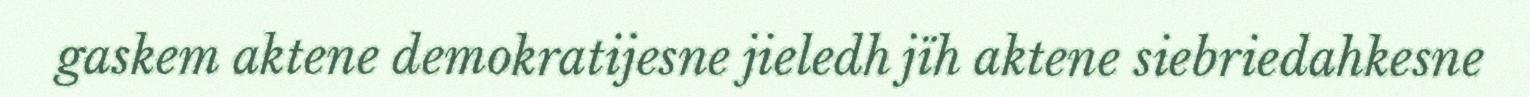
gaskem aktene demokratijesne jieledh jïh aktene siebriedahkesne